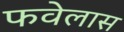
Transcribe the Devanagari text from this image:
फवेलास